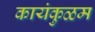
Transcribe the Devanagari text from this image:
कायंकुळम